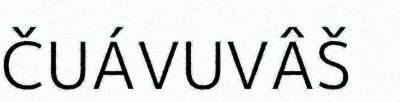
ČUÁVUVÂŠ